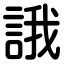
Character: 誐